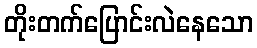
တိုးတက်ပြောင်းလဲနေသော